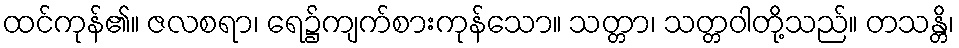
ထင်ကုန်၏။ ဇလစရာ၊ ရေ၌ကျက်စားကုန်သော။ သတ္တာ၊ သတ္တဝါတို့သည်။ တသန္တိ၊